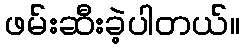
ဖမ်းဆီးခဲ့ပါတယ်။